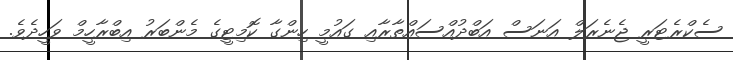
ސެކްރެޓަރީ ޖެނެރަލް އަނަސް އަބްދުއްސައްތާރާއި ގައުމީ ހިންގާ ކޮމިޓީގެ މެންބަރު އިބްރާހީމް ވަހީދެވެ.